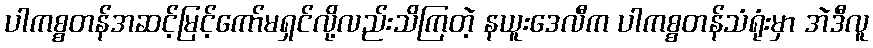
ပါကစ္စတန်အဆင့်မြင့်ကော်မရှင်လို့လည်းသိကြတဲ့ နယူးဒေလီက ပါကစ္စတန်သံရုံးမှာ အဲဒီလူ